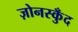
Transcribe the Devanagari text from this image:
ज़ोनस्कुँद